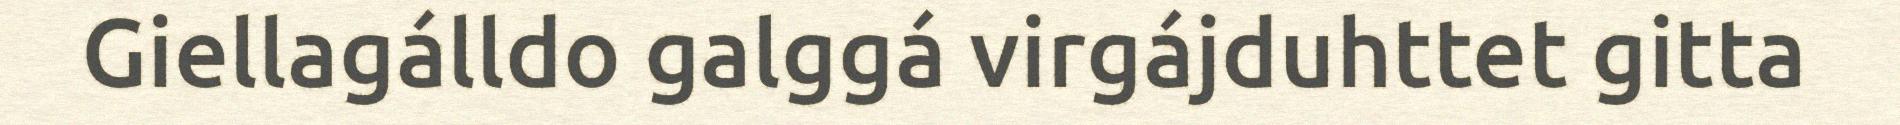
Giellagálldo galggá virgájduhttet gitta